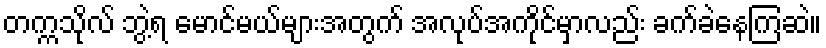
တက္ကသိုလ် ဘွဲ့ရ မောင်မယ်များအတွက် အလုပ်အကိုင်မှာလည်း ခက်ခဲနေကြဆဲ။